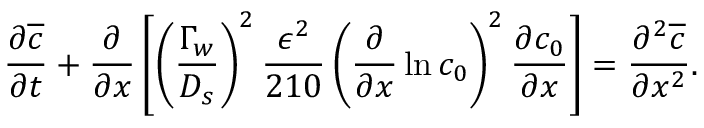
\frac { \partial \overline { { c } } } { \partial t } + \frac { \partial } { \partial x } \left[ \left( \frac { \Gamma _ { w } } { D _ { s } } \right) ^ { 2 } \frac { \epsilon ^ { 2 } } { 2 1 0 } \left( \frac { \partial } { \partial x } \ln c _ { 0 } \right) ^ { 2 } \frac { \partial c _ { 0 } } { \partial x } \right] = \frac { \partial ^ { 2 } \overline { { c } } } { \partial x ^ { 2 } } .